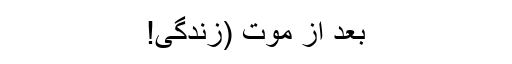
بعد از موت (زندگی!